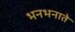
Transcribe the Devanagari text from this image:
भनभनाते